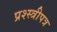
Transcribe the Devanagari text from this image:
प्रश्स्त्रीपत्र